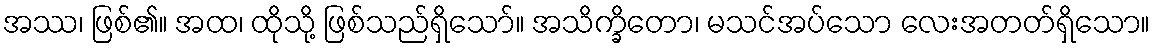
အဿ၊ ဖြစ်၏။ အထ၊ ထိုသို့ ဖြစ်သည်ရှိသော်။ အသိက္ခိတော၊ မသင်အပ်သော လေးအတတ်ရှိသော။